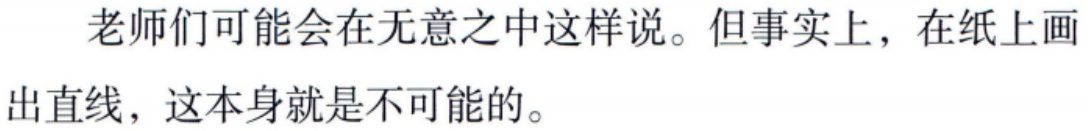
老师们可能会在无意中这样说。但事实上，在纸上画出直线，这本身就是不可能的。